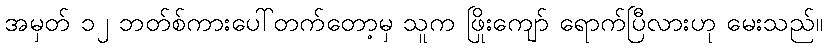
အမှတ် ၁၂ ဘတ်စ်ကားပေါ်တက်တော့မှ သူက ဖြိုးကျော် ရောက်ပြီလားဟု မေးသည်။